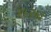
શરદા